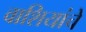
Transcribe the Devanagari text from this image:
वाशियांचे